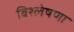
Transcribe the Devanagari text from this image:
बिश्लेषणा